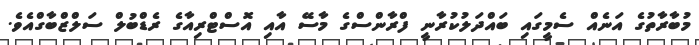
މުބާރާތުގެ އަނެއް ސެމީގައި ބައްދަލުކުރާނީ ފްރާންސްގެ މާސޭ އާއި އޮސްޓްރިއާގެ ރެޑްބުލް ސަލްޒްބާގްއެވެ.